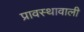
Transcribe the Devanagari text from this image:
प्रावस्थावाली